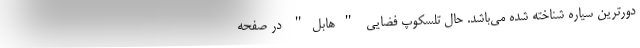
دورترین سیاره شناخته شده می‌باشد. حال تلسکوپ فضایی "هابل" در صفحه